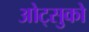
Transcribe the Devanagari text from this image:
ओट्सुको